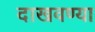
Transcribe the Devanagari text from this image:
दाखवण्या